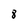
Character: 8